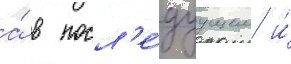
а́ в посл'е́дуущем и́